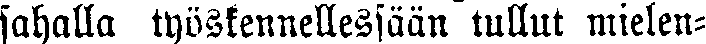
sahalla työskennellessään tullut mielen-